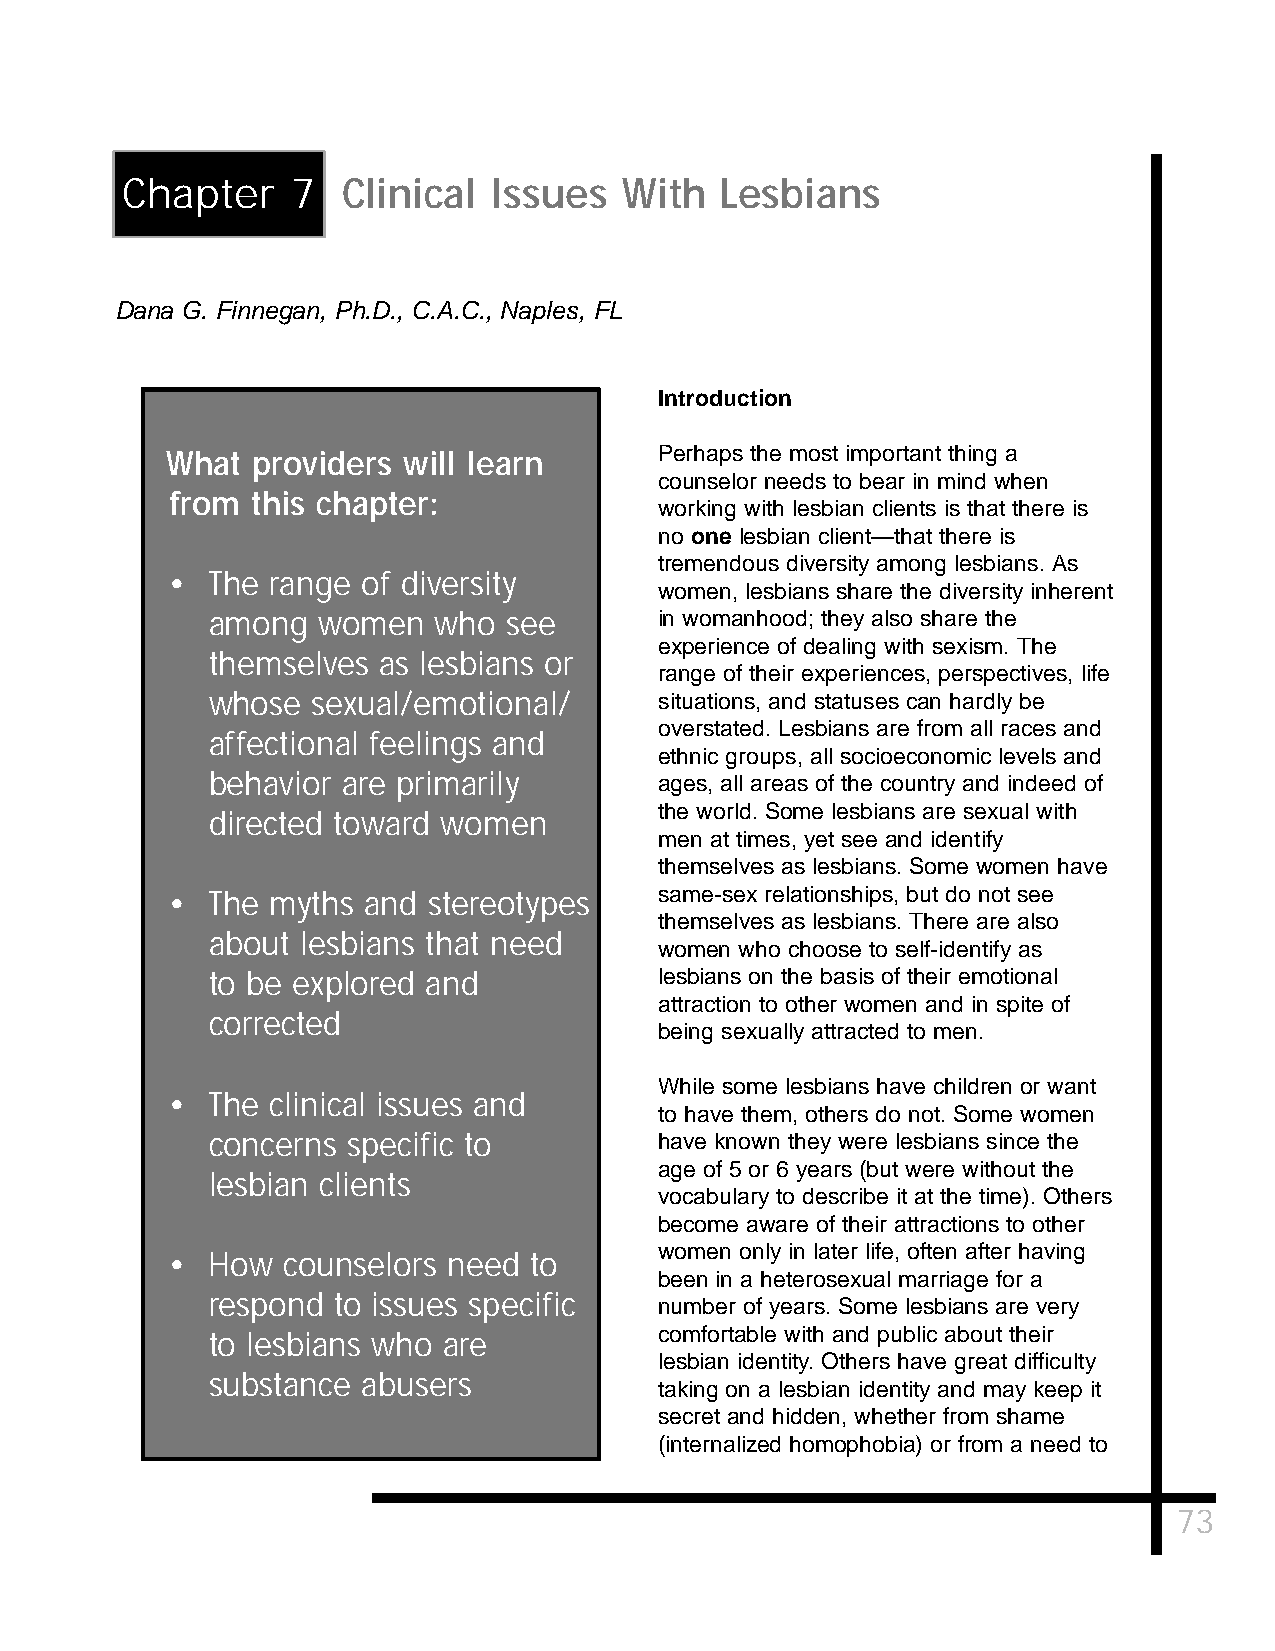
Chapter    7   Clinical  Issues  With   Lesbians
 Dana G. Finnegan, Ph.D., C.A.C., Naples, FL
 Introduction
 What  providers will learn       Perhaps the most important thing a
 counselor needs to bear in mind when
 from  this chapter:
 working with lesbian clients is that there is
 no one lesbian client—that there is
 tremendous diversity among lesbians. As
 •  The range of diversity
 women, lesbians share the diversity inherent
 among  women   who  see       in womanhood; they also share the
 experience of dealing with sexism. The
 themselves as lesbians or
 range of their experiences, perspectives, life
 whose  sexual/emotional/      situations, and statuses can hardly be
 overstated. Lesbians are from all races and
 affectional feelings and
 ethnic groups, all socioeconomic levels and
 behavior are primarily        ages, all areas of the country and indeed of
 the world. Some lesbians are sexual with
 directed toward women
 men at times, yet see and identify
 themselves as lesbians. Some women have
 •  The myths and stereotypes     same-sex relationships, but do not see
 themselves as lesbians. There are also
 about lesbians that need
 women who choose to self-identify as
 to be explored and            lesbians on the basis of their emotional
 attraction to other women and in spite of
 corrected
 being sexually attracted to men.
 While some lesbians have children or want
 •  The clinical issues and
 to have them, others do not. Some women
 concerns specific to          have known they were lesbians since the
 age of 5 or 6 years (but were without the
 lesbian clients
 vocabulary to describe it at the time). Others
 become aware of their attractions to other
 women only in later life, often after having
 •  How  counselors need to
 been in a heterosexual marriage for a
 respond to issues specific
 number of years. Some lesbians are very
 to lesbians who are           comfortable with and public about their
 lesbian identity. Others have great difficulty
 substance abusers
 taking on a lesbian identity and may keep it
 secret and hidden, whether from shame
 (internalized homophobia) or from a need to
 73